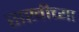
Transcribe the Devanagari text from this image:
सखीच्या